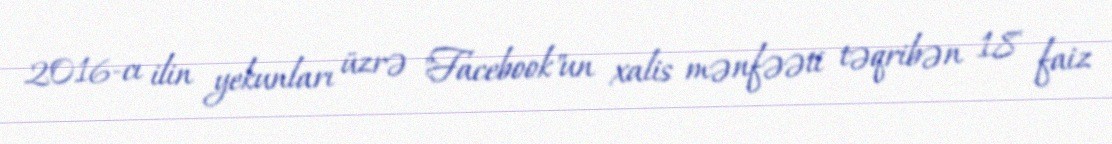
2016-cı ilin yekunları üzrə "Facebook"un xalis mənfəəti təqribən 18 faiz